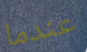
عندما